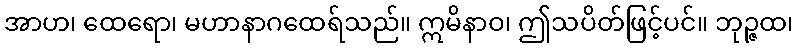
အာဟ၊ ထေရော၊ မဟာနာဂထေရ်သည်။ ဣမိနာဝ၊ ဤသပိတ်ဖြင့်ပင်။ ဘုဉ္ဇထ၊